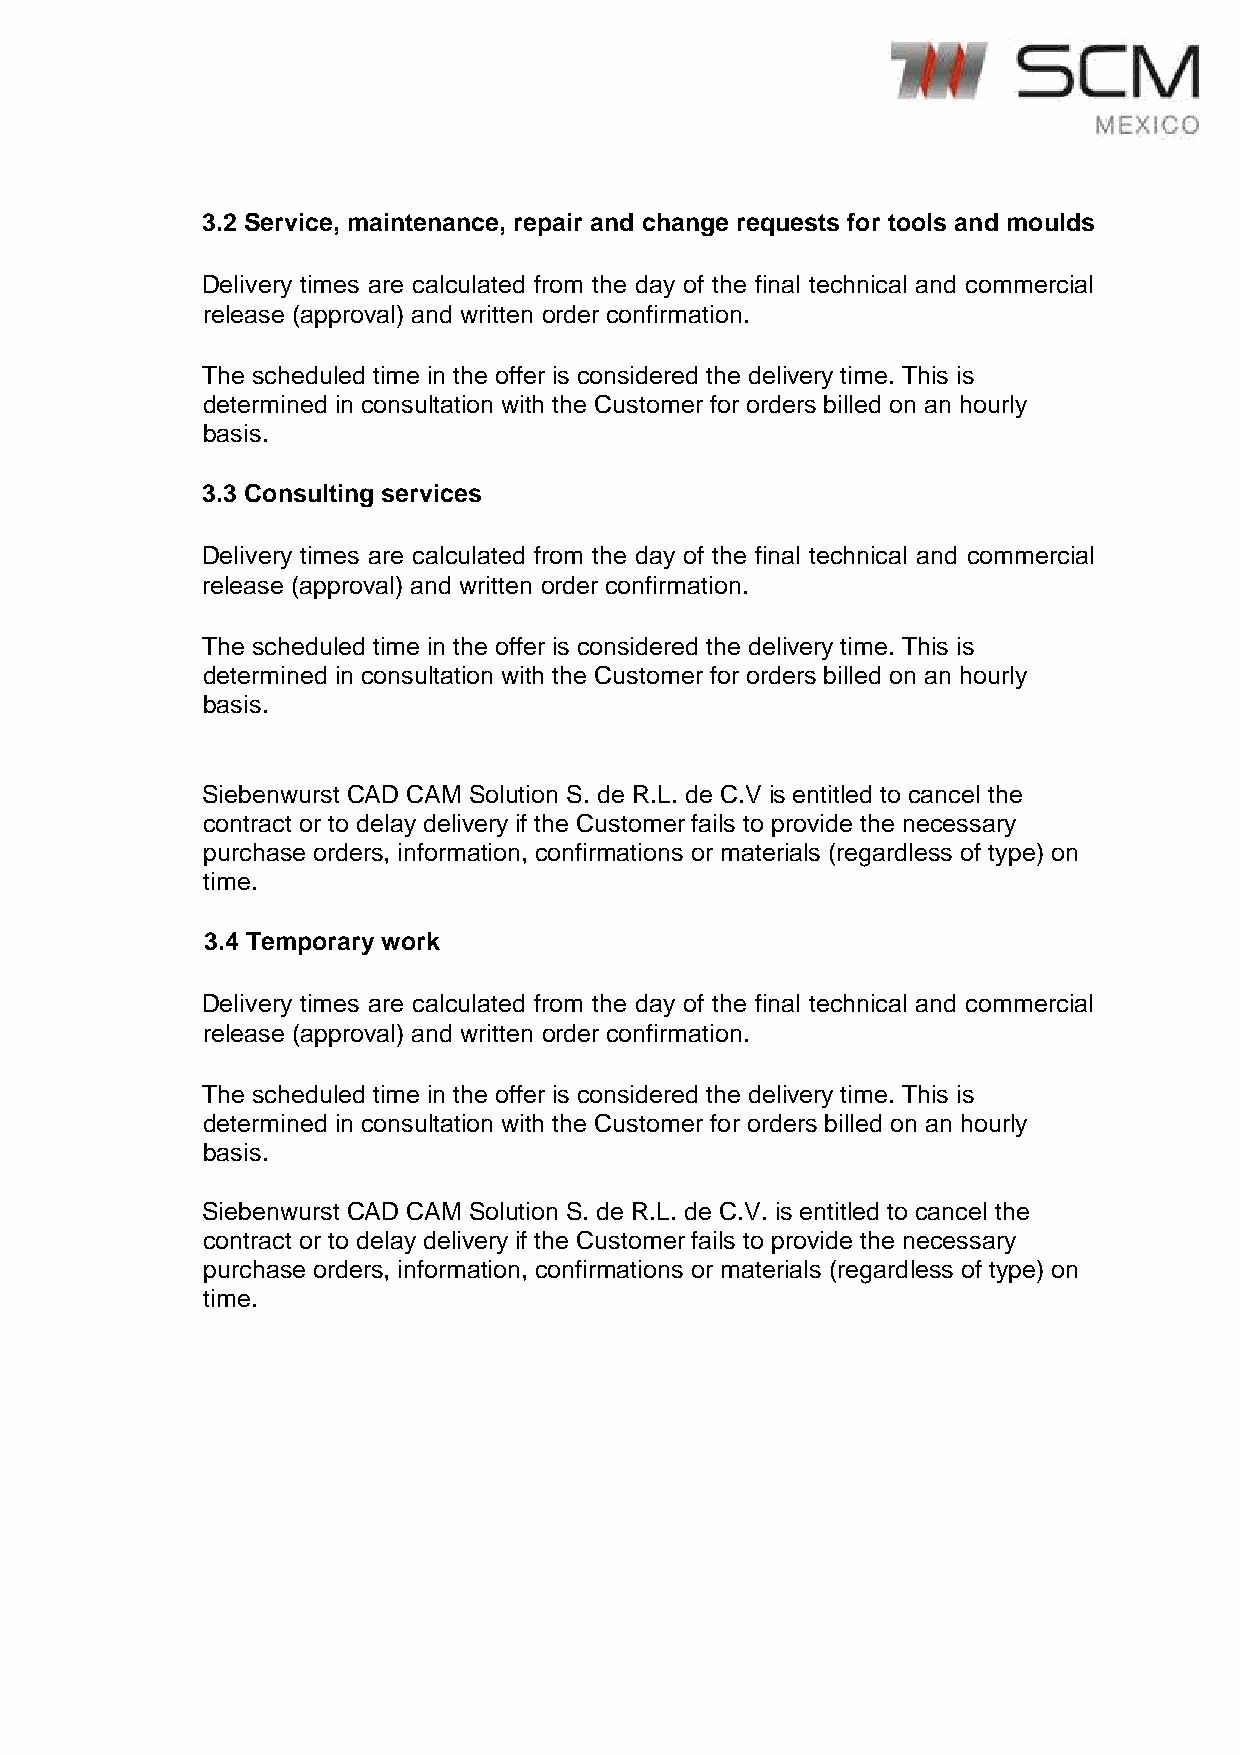
3.2 Service, maintenance, repair and change requests for tools and moulds
 Delivery times are calculated from the day of the final technical and commercial
 release (approval) and written order confirmation.
 The scheduled time in the offer is considered the delivery time. This is
 determined in consultation with the Customer for orders billed on an hourly
 basis.
 3.3 Consulting services
 Delivery times are calculated from the day of the final technical and commercial
 release (approval) and written order confirmation.
 The scheduled time in the offer is considered the delivery time. This is
 determined in consultation with the Customer for orders billed on an hourly
 basis.
 Siebenwurst CAD CAM Solution S. de R.L. de C.V is entitled to cancel the
 contract or to delay delivery if the Customer fails to provide the necessary
 purchase orders, information, confirmations or materials (regardless of type) on
 time.
 3.4 Temporary work
 Delivery times are calculated from the day of the final technical and commercial
 release (approval) and written order confirmation.
 The scheduled time in the offer is considered the delivery time. This is
 determined in consultation with the Customer for orders billed on an hourly
 basis.
 Siebenwurst CAD CAM Solution S. de R.L. de C.V. is entitled to cancel the
 contract or to delay delivery if the Customer fails to provide the necessary
 purchase orders, information, confirmations or materials (regardless of type) on
 time.